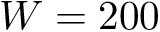
W = 2 0 0